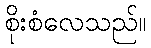
စိုးစံလေသည်။